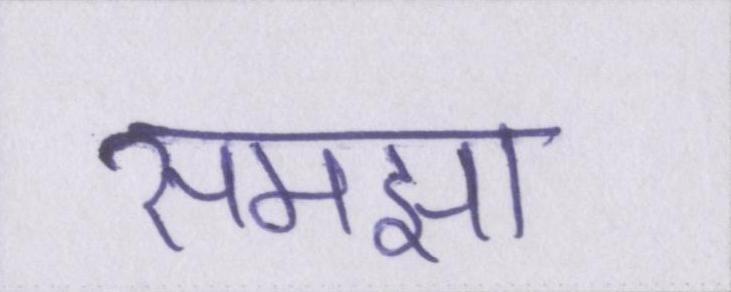
समझा